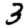
Digit: 3